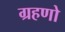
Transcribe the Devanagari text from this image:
ग्रहणो